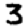
Digit: 3